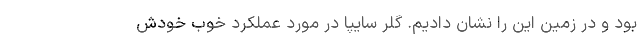
بود و در زمین این را نشان دادیم. گلر سایپا در مورد عملکرد خوب خودش